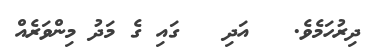
ދިރުހަމެވެ.   އަދި   ގައި ގެ މަދު މިންވަރެއް